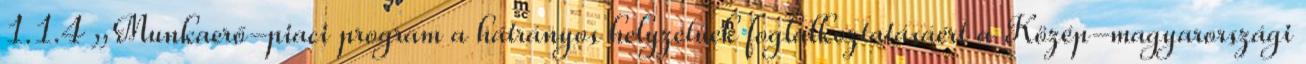
1.1.4 „Munkaerő-piaci program a hátrányos helyzetűek foglalkoztatásáért a Közép-magyarországi